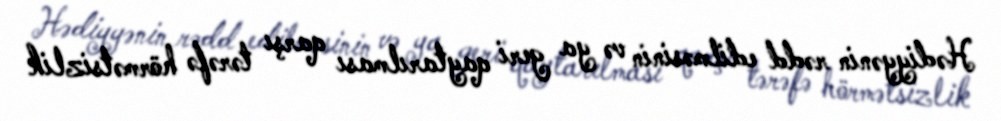
Hədiyyənin rədd edilməsinin və ya geri qaytarılması qarşı tərəfə hörmətsizlik